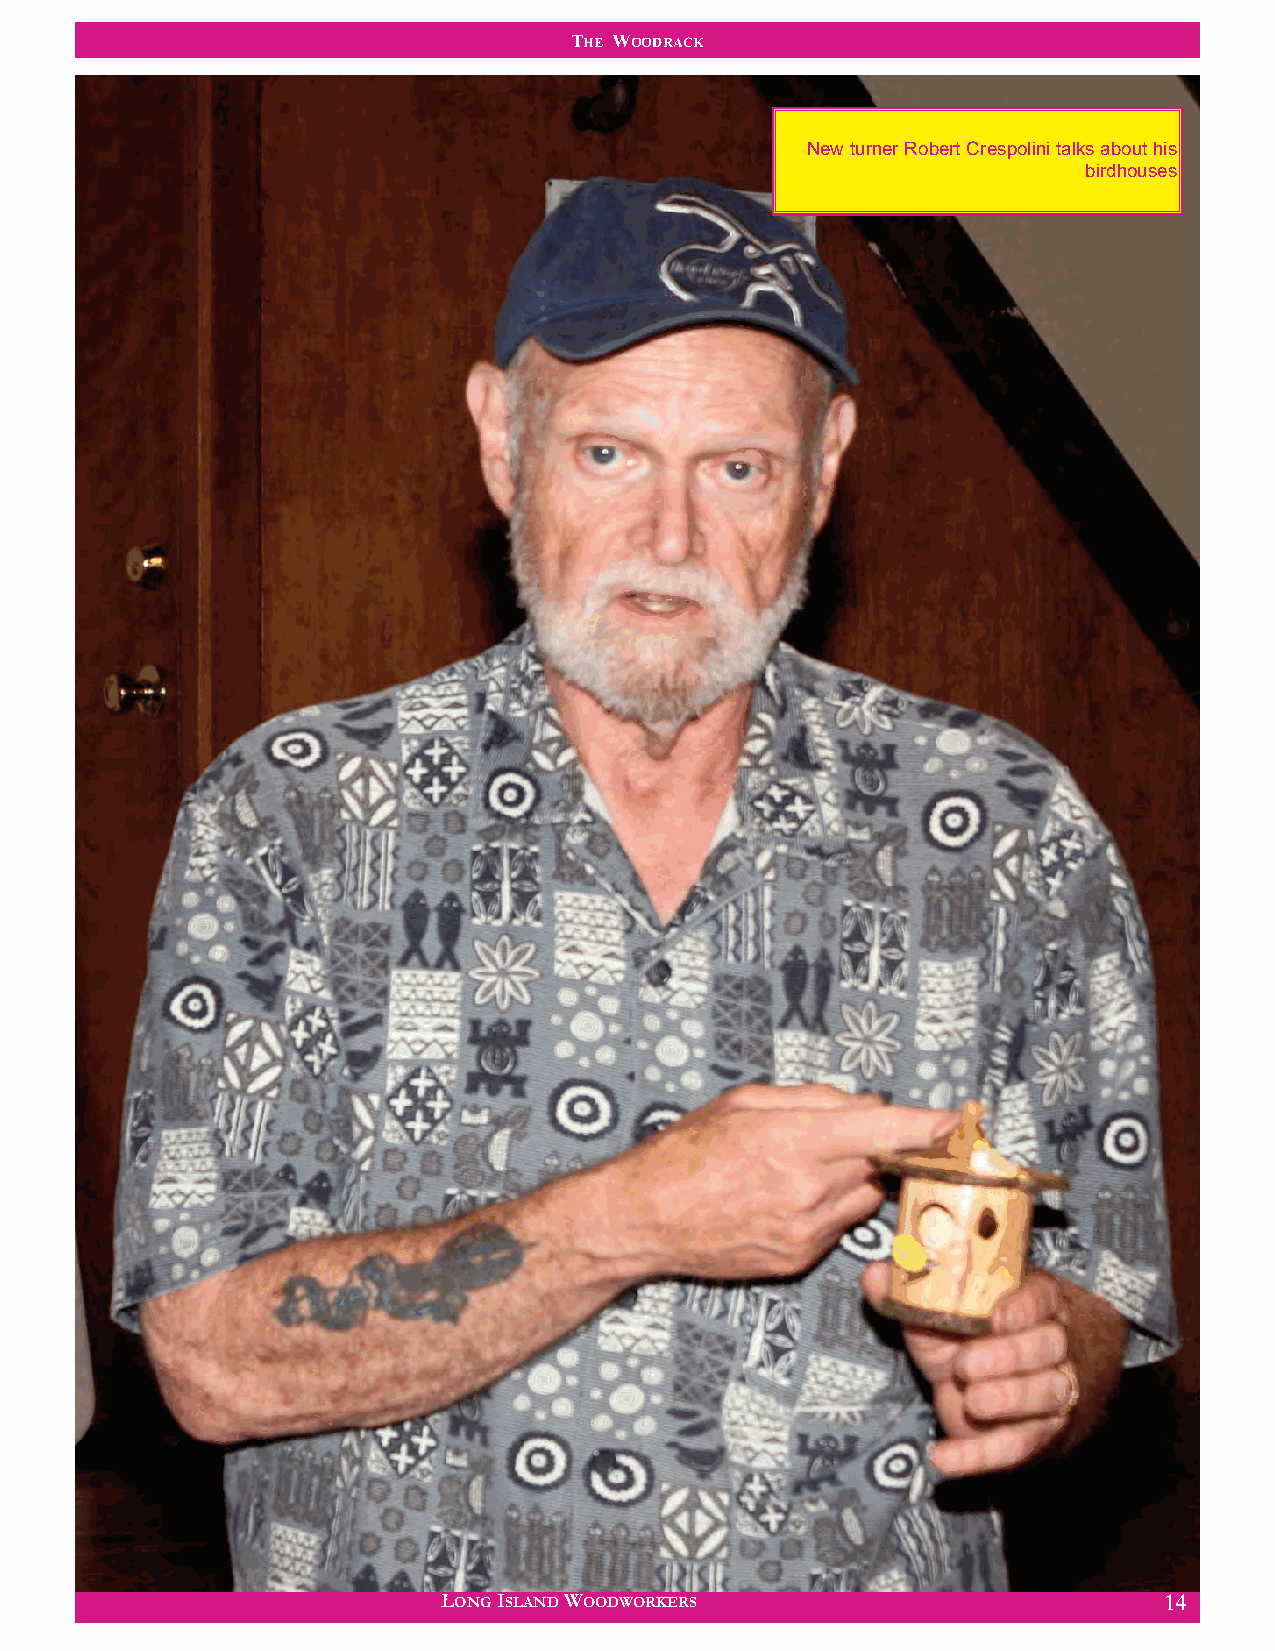
THE WOODRACK
 New turner Robert Crespolini talks about his
 birdhouses
 LONG ISLAND WOODWORKERS                         14